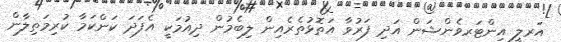
އަރލީ އިންޓަރވެންޝަން އަދި ފަރުވާ އަތޮޅުތެރެއިން ލިބެމުން ދިއުމަކީ އެފަދަ ކަންކަމާ ކުރިމަތިލާން